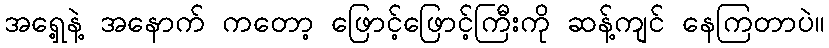
အရှေ့နဲ့ အနောက် ကတော့ ဖြောင့်ဖြောင့်ကြီးကို ဆန့်ကျင် နေကြတာပဲ။